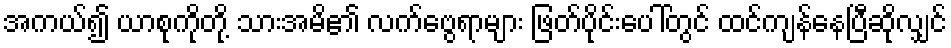
အကယ်၍ ယာစုကိုတို့ သားအမိ၏ လက်ဗွေရာများ ဖြတ်ပိုင်းပေါ်တွင် ထင်ကျန်နေပြီဆိုလျှင်